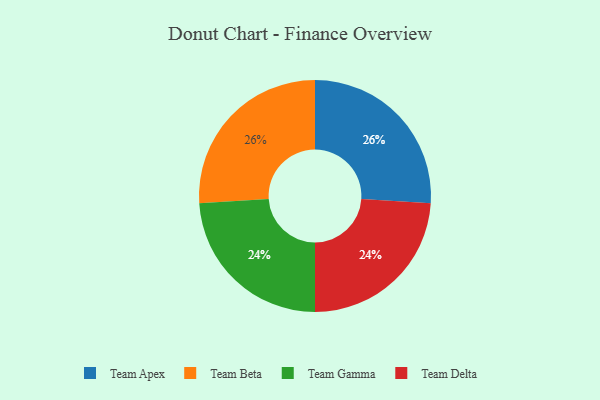
{"axis": {"x": "Category", "y": "Percentage"}, "legend": ["Team Apex", "Team Beta", "Team Delta", "Team Gamma"], "data": [{"x": "Team Apex", "y": 26, "type": "Team Apex"}, {"x": "Team Gamma", "y": 24, "type": "Team Gamma"}, {"x": "Team Beta", "y": 26, "type": "Team Beta"}, {"x": "Team Delta", "y": 24, "type": "Team Delta"}]}